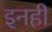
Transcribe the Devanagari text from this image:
इनही